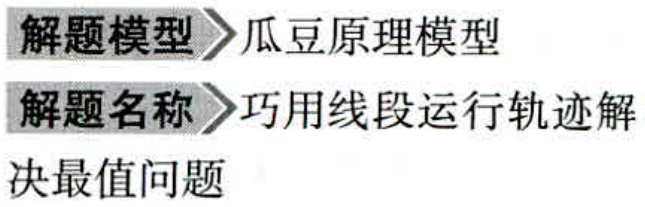
\begin{enumerate}

\item 解题模型$\to$瓜豆原理模型

\item 解题名称$\to$巧用线段运行轨迹解决最值问题

\end{enumerate}